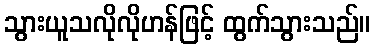
သွားယူသလိုလိုဟန်ဖြင့် ထွက်သွားသည်။